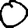
Digit: 0